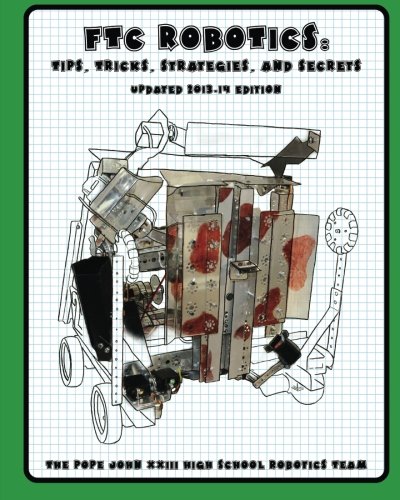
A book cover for FTC Robotics: Tips, Tricks, Strategies, and Secrets: 2013-14 Edition; The Pope John XXIII High School Robotics Team; Computers & Technology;